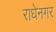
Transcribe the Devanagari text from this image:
राधेनगर